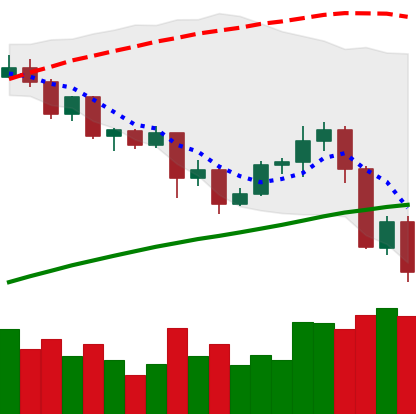
Ticker: ADA-USD
Chart end date: 2020-09-05
Forward return: 8.043%
Label: up_7plus